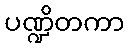
ပဏ္ဍိတကာ